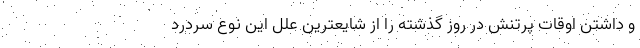
و داشتن اوقات پرتنش در روز گذشته را از شایعترین علل این نوع سردرد